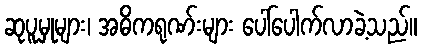
ဆုပူမှုများ၊ အဓိကရုဏ်းများ ပေါ်ပေါက်လာခဲ့သည်။